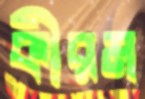
কীরম